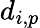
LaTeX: d_{i,p}